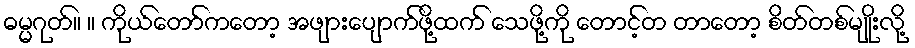
ဓမ္မဂုတ်။ ။ ကိုယ်တော်ကတော့ အဖျားပျောက်ဖို့ထက် သေဖို့ကို တောင့်တ တာတော့ စိတ်တစ်မျိုးလို့